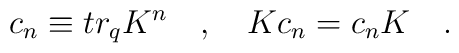
c_{n} \equiv tr_{q} K^{n} \quad , \quad K c_{n} = c_{n} K    \quad .